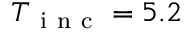
T _ { \mathrm { ~ i ~ n ~ c ~ } } = 5 . 2